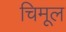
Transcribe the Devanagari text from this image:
चिमूल